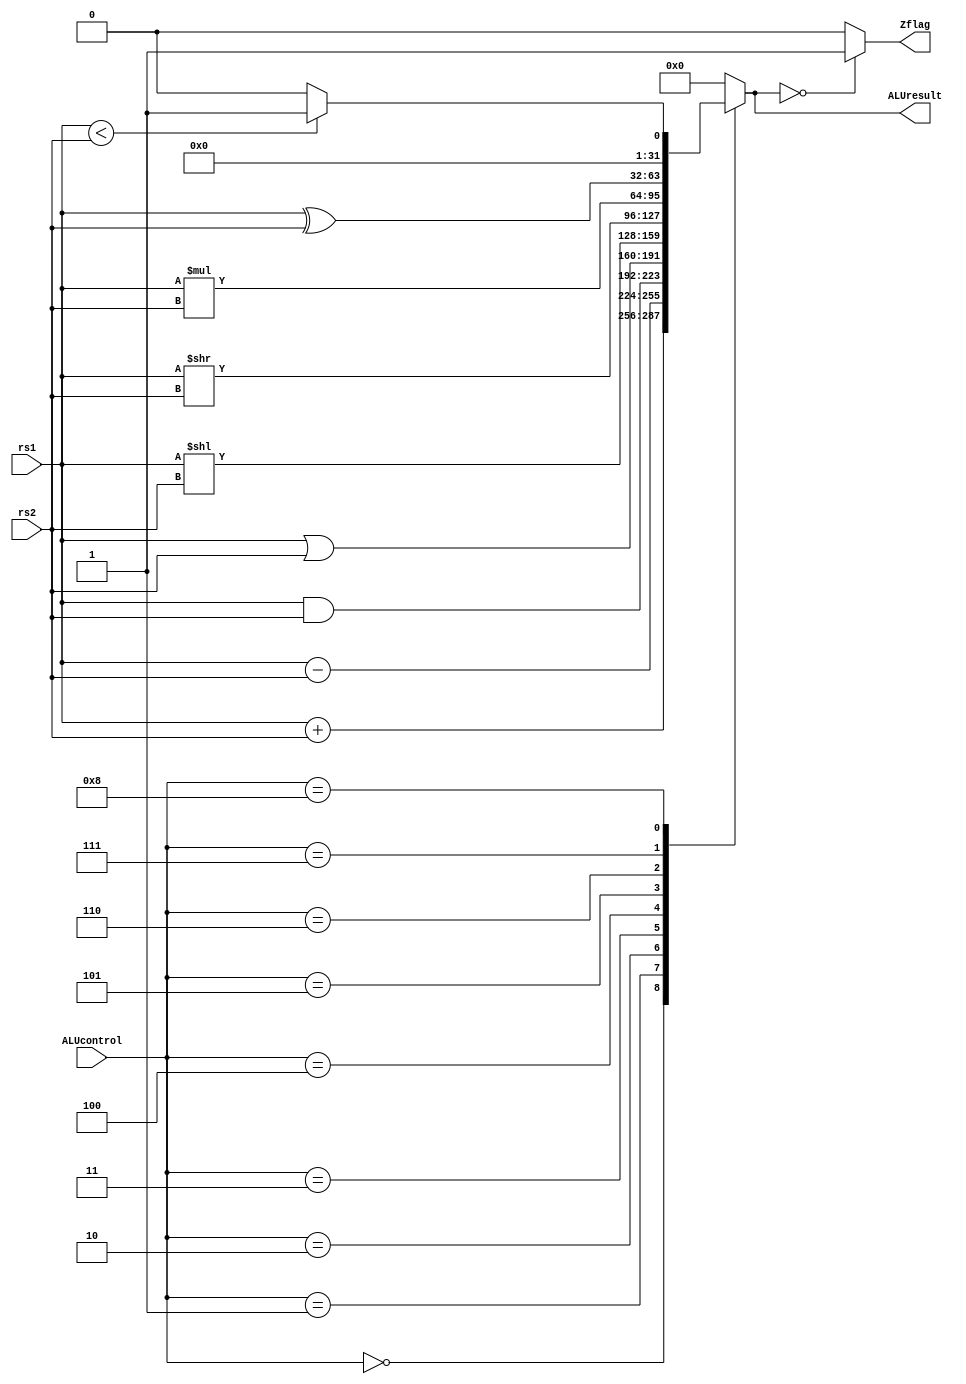
/*
ALUC | OP
0000     add
0001     sub
0010     and
0011     or
0100     lsl (logical shift left)
0101     lsr
0110     mul
0111     xor
1000     slt (set 1 if less than)
*/

module ALU (
    input [31:0] rs1, rs2,
    input [3:0] ALUcontrol,
    output reg [31:0] ALUresult,
    output Zflag
);

always @(*) begin
    case (ALUcontrol)
        4'b0000: ALUresult = rs1 + rs2;
        4'b0001: ALUresult = rs1 - rs2;
        4'b0010: ALUresult = rs1 & rs2;
        4'b0011: ALUresult = rs1 | rs2;
        4'b0100: ALUresult = rs1 << rs2;
        4'b0101: ALUresult = rs1 >> rs2;
        4'b0110: ALUresult = rs1 * rs2;
        4'b0111: ALUresult = rs1 ^ rs2;
        4'b1000: ALUresult = (rs1<rs2)?1:0;
        default: ALUresult = 32'd0;
    endcase
end
assign Zflag = (ALUresult==0)?1:0;  
endmodule